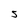
Character: 5